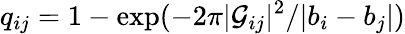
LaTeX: q_{ij}=1-\exp(-2\pi|{\cal G}_{ij}|^{2}/|b_{i}-b_{j}|)